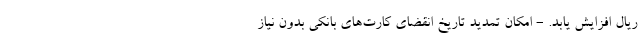
ریال افزایش یابد. - امکان تمدید تاریخ انقضای کارت‌های بانکی بدون نیاز